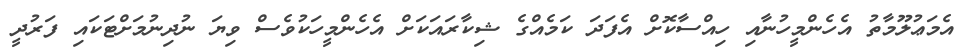
އެމަޢުލޫމާތު އެހެންމީހުނާއި ހިއްސާކޮށް އެފަދަ ކަމެއްގެ ޝިކާރައަކަށް އެހެންމީހަކުވެސް ވިޔަ ނުދިނުމަށްޓަކައި ފަރުދީ